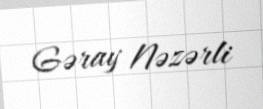
Gəray Nəzərli